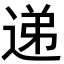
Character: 递